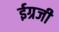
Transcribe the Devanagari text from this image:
ईग्रजी